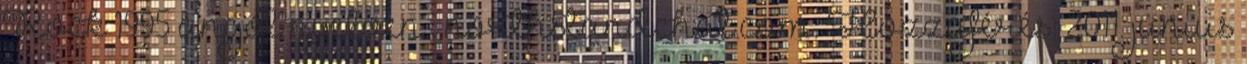
Rock 1995 angol nyelven . northstandchat.com. Hozzáférés: 2011. június